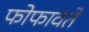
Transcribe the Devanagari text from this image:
फोफावते